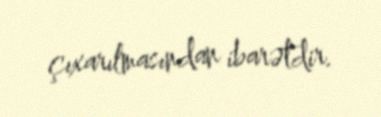
çıxarılmasından ibarətdir.